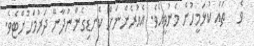
ވެ   ތައް ކުޅަމީހުން މެނުވީއެވެ. އެއުރެންނަށް ކެނޑިގެންނުދާނޭ ދަރުމަހުށްޓެވެ.